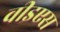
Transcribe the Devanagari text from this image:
वीइएस